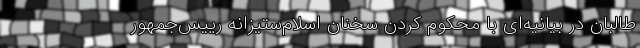
طالبان در بیانیه‌ای با محکوم کردن سخنان اسلام‌ستیزانه رییس‌جمهور